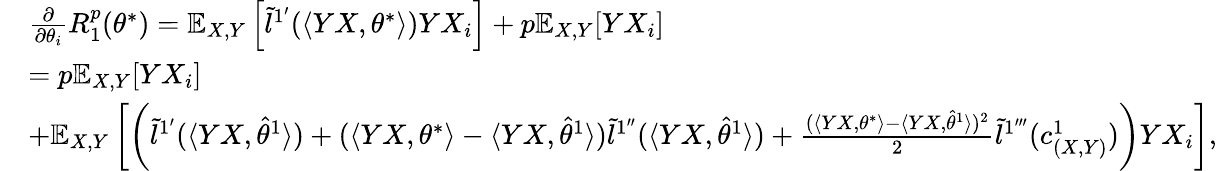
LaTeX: \begin{array}{rl}&{\frac{\partial}{\partial\theta_{i}}R_{1}^{p}(\theta^{*})=\mathbb{E}_{X,Y}\left[\tilde{l}^{1^{\prime}}(\langle YX,\theta^{*}\rangle)YX_{i}\right]+p\mathbb{E}_{X,Y}[YX_{i}]}\\ &{=p\mathbb{E}_{X,Y}[YX_{i}]}\\ &{+\mathbb{E}_{X,Y}\left[\left(\tilde{l}^{1^{\prime}}(\langle YX,\hat{\theta}^{1}\rangle)+(\langle YX,\theta^{*}\rangle-\langle YX,\hat{\theta}^{1}\rangle)\tilde{l}^{1^{\prime\prime}}(\langle YX,\hat{\theta}^{1}\rangle)+\frac{(\langle YX,\theta^{*}\rangle-\langle YX,\hat{\theta}^{1}\rangle)^{2}}{2}\tilde{l}^{1^{\prime\prime\prime}}(c_{(X,Y)}^{1})\right)YX_{i}\right],}\end{array}